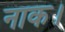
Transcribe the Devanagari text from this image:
नाक।